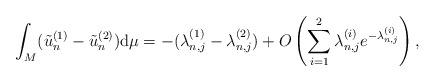
LaTeX: \begin{align*}\begin{aligned}&\int_M(\tilde{u}_n^{(1)}-\tilde{u}_n^{(2)})\mathrm{d}\mu= -(\lambda_{n,j}^{(1)}-\lambda_{n,j}^{(2)}) +O\left(\sum_{i=1}^2\lambda_{n,j}^{(i)} e^{-\lambda_{n,j}^{(i)}}\right),\end{aligned}\end{align*}